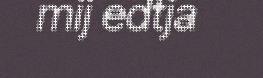
mij edtja